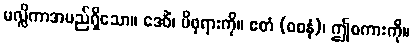
မလ္လိကာအမည်ရှိသော။ ဒေဝိံ၊ မိဖုရားကို။ ဧတံ (ဝစနံ)၊ ဤစကားကို။